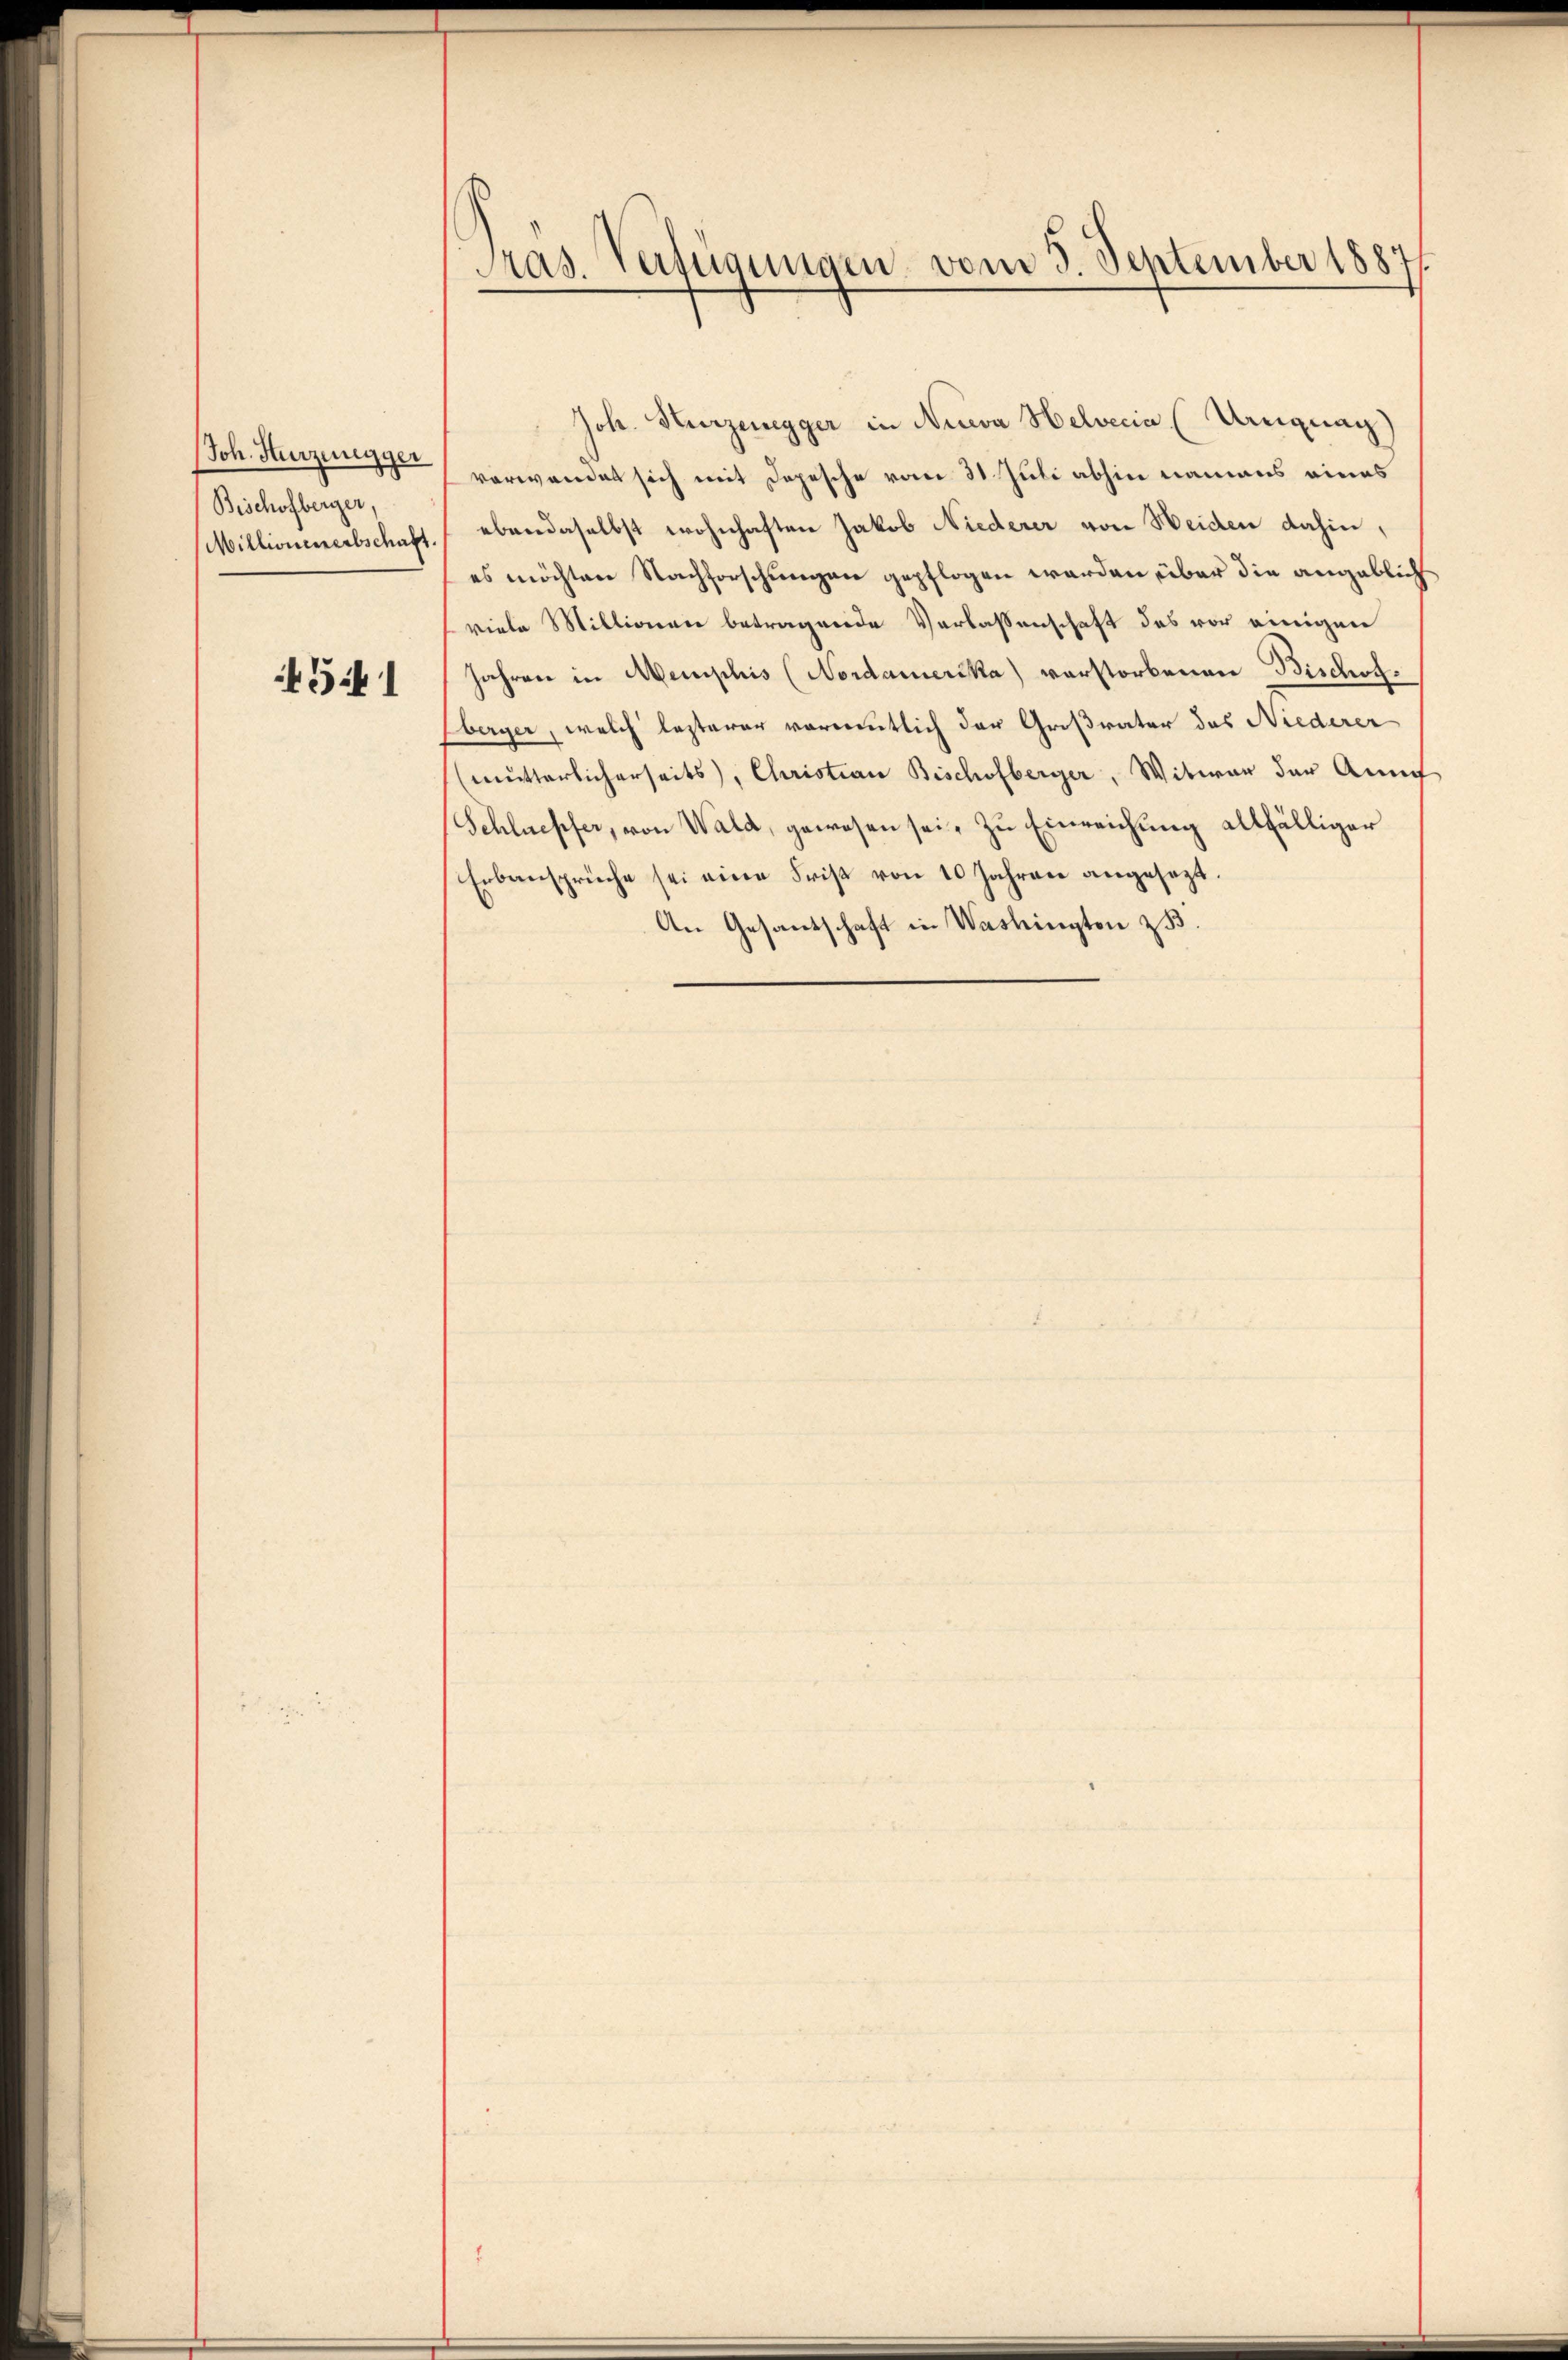
Joh. Hürzungger
Bischofberger,

4541

Pras. Verfügungen vom 3. September 1887

Joh. Kurzenegger in Neuva Helvetia (Uruguay)
verwandet sich mit Depesche vom 31 Juli abhin namens eines
Millionenertschaft ebendaselbst wohnhaften Jakob Niederer von Weiden dahin,
es möchten Nachforschungen gepflogen werden über die angeblich
viele Millionen betragende Verlassenschaft des vor einigen
Jahren in Aemplis (Nordamerika) verstorbenen Bischof¬
Eberger, welch lezterer vormutlich der Großvater das Niederer
(mutterlicherseits), Christian Bischofberger, Witwer der Ann
Schluepfer, von Wald, gewesen sei, zu Einreichung allfälliger
Erbansprüche sei eine Frist von 10 Jahren angesezt.
An Gesantschaft in Washingten z. B.